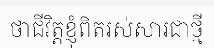
ថាជីវិត្តខ្ញុំពិតរស់សារជាថ្មី